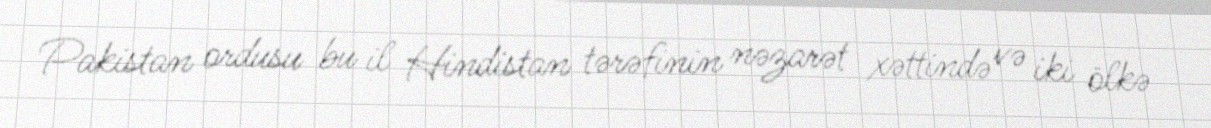
Pakistan ordusu bu il Hindistan tərəfinin nəzarət xəttində və iki ölkə